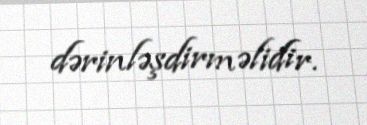
dərinləşdirməlidir.